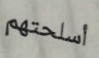
أسلحتهم